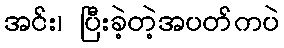
အင်း၊ ပြီးခဲ့တဲ့အပတ်ကပဲ